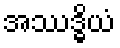
အဿဒ္ဓိယံ